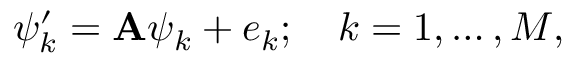
\psi _ { k } ^ { \prime } = \mathbf { A } \psi _ { k } + e _ { k } ; \quad k = 1 , \dots , M ,